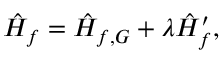
\hat { H } _ { f } = \hat { H } _ { f , G } + \lambda \hat { H } _ { f } ^ { \prime } ,